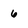
Character: 6